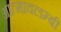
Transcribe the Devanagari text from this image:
आत्मावलम्बी